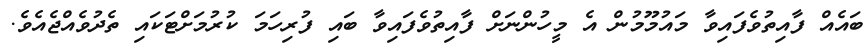
ބައެއް ފާއިތުވެފައިވާ މައުމޫމުން އެ މީހުންނަށް ފާއިތުވެފައިވާ ބައި ފުރިހަމަ ކުރުމަށްޓަކައި ތެދުވެއްޖެއެވެ.